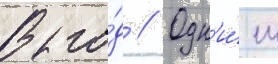
В го́д // Одн'и́м